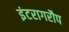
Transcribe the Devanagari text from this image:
इंटरागरौप